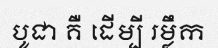
បូជា គឺ ដើម្បី រម្លឹក